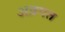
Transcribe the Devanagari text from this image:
अन्रगत